Report on vaccination in the Province of Bengal - 1874-1889
Year: 1874
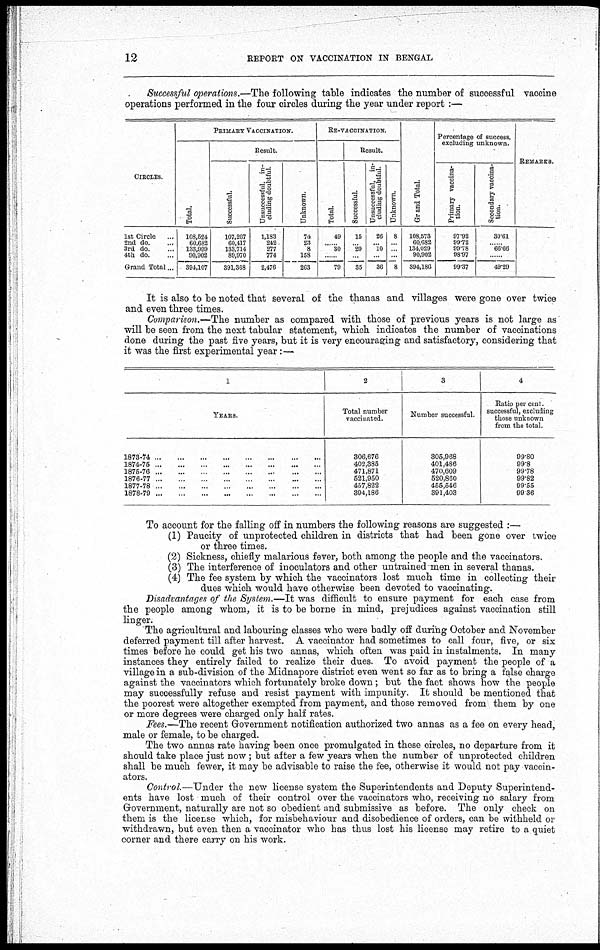
12
REPORT ON VACCINATION IN BENGAL
Successful operations.—The following table indicates the number of successful vaccine
operations performed in the four circles during the year under report:—
CIRCLES.
1st Circle ...
2nd do. ...
3rd do. ...
4th do. ...
Grand Total...
PRIMARY VACCINATION.
Total.
108,524
60,632
133,999
90,902
394,107
Result.
Successful.
107,267
60,417
133,714
89,970
391,368
Unsuccessful, in-
cluding doubtful.
1,183
242
277
774
2,476
Unknown.
74
23
8
158
263
RE-VACCINATION.
Total.
49
...
30
...
79
Result.
Successful.
15
... 20
...
35
Unsuccessful, in-
cluding doubtful.
26
... 10
...
36
Unknown.
8
...
...
...
8
Grand Total.
108,573
60,682
134,029
90,902
394,186
Percentage of success,
excluding unknown.
Primary vaccina-
tion.
97.92
99.72
99.78
98.97
99.37
Secondary vaccina-
tion.
30.61
... 66.66
......
49.29
REMARKS.
It is also to be noted that several of the thanas and villages were gone over twice
and even three times.
Comparison.—The number as compared with those of previous years is not large as
will be seen from the next tabular statement, which indicates the number of vaccinations
done during the past five years, but it is very encouraging and satisfactory, considering that
it was the first experimental year: —
1
YEARS.
1873-74
...
...
...
...
...
...
...
1874-75
...
...
...
...
...
...
...
1875-76
...
...
...
...
...
...
...
1876-77
...
...
...
...
...
...
...
1877-78
...
...
...
...
...
...
...
1878-79
...
...
...
...
...
...
...
2
Total number
vaccinated.
306,676
402,385
471,871
521,950
457,822
394,186
3
Number successful.
305,968
401,486
470,609
520,860
455,546
391,403
4
Ratio per cent.
successful, excluding
those unknown
from the total
99.80
99.8
99.78
99.82
99.55
99.36
To account for the falling off in numbers the following reasons are suggested :—
(1) Paucity of unprotected children in districts that had been gone over twice
or three times.
(2) Sickness, chiefly malarious fever, both among the people and the vaccinators.
(3) The interference of inoculators and other untrained men in several thanas.
(4) The fee system by which the vaccinators lost much time in collecting their
dues which would have otherwise been devoted to vaccinating.
Disadvantages of the System.—It was difficult to ensure payment for each case from
the people among whom, it is to be borne in mind, prejudices against vaccination still
linger.
The agricultural and labouring classes who were badly off during October and November
deferred payment till after harvest. A vaccinator had sometimes to call four, five, or six
times before he could get his two annas, which often was paid in instalments. In many
instances they entirely failed to realize their dues. To avoid payment the people of a
village in a sub-division of the Midnapore district even went so far as to bring a false charge
against the vaccinators which fortunately broke down; but the fact shows how the people
may successfully refuse and resist payment with impunity. It should be mentioned that
the poorest were altogether exempted from payment, and those removed from them by one
or more degrees were charged only half rates.
Fees.—The recent Government notification authorized two annas as a fee on every head,
male or female, to be charged.
The two annas rate having been once promulgated in these circles, no departure from it
should take place just now ; but after a few years when the number of unprotected children
shall be much fewer, it may be advisable to raise the fee, otherwise it would not pay vaccin-
ators.
Control.—Under the new license system the Superintendents and Deputy Superintend-
ents have lost much of their control over the vaccinators who, receiving no salary from
Government, naturally are not so obedient and submissive as before. The only check on
them is the license which, for misbehaviour and disobedience of orders, can be withheld or
withdrawn, but even then a vaccinator who has thus lost his license may retire to a quiet
corner and there carry on his work.